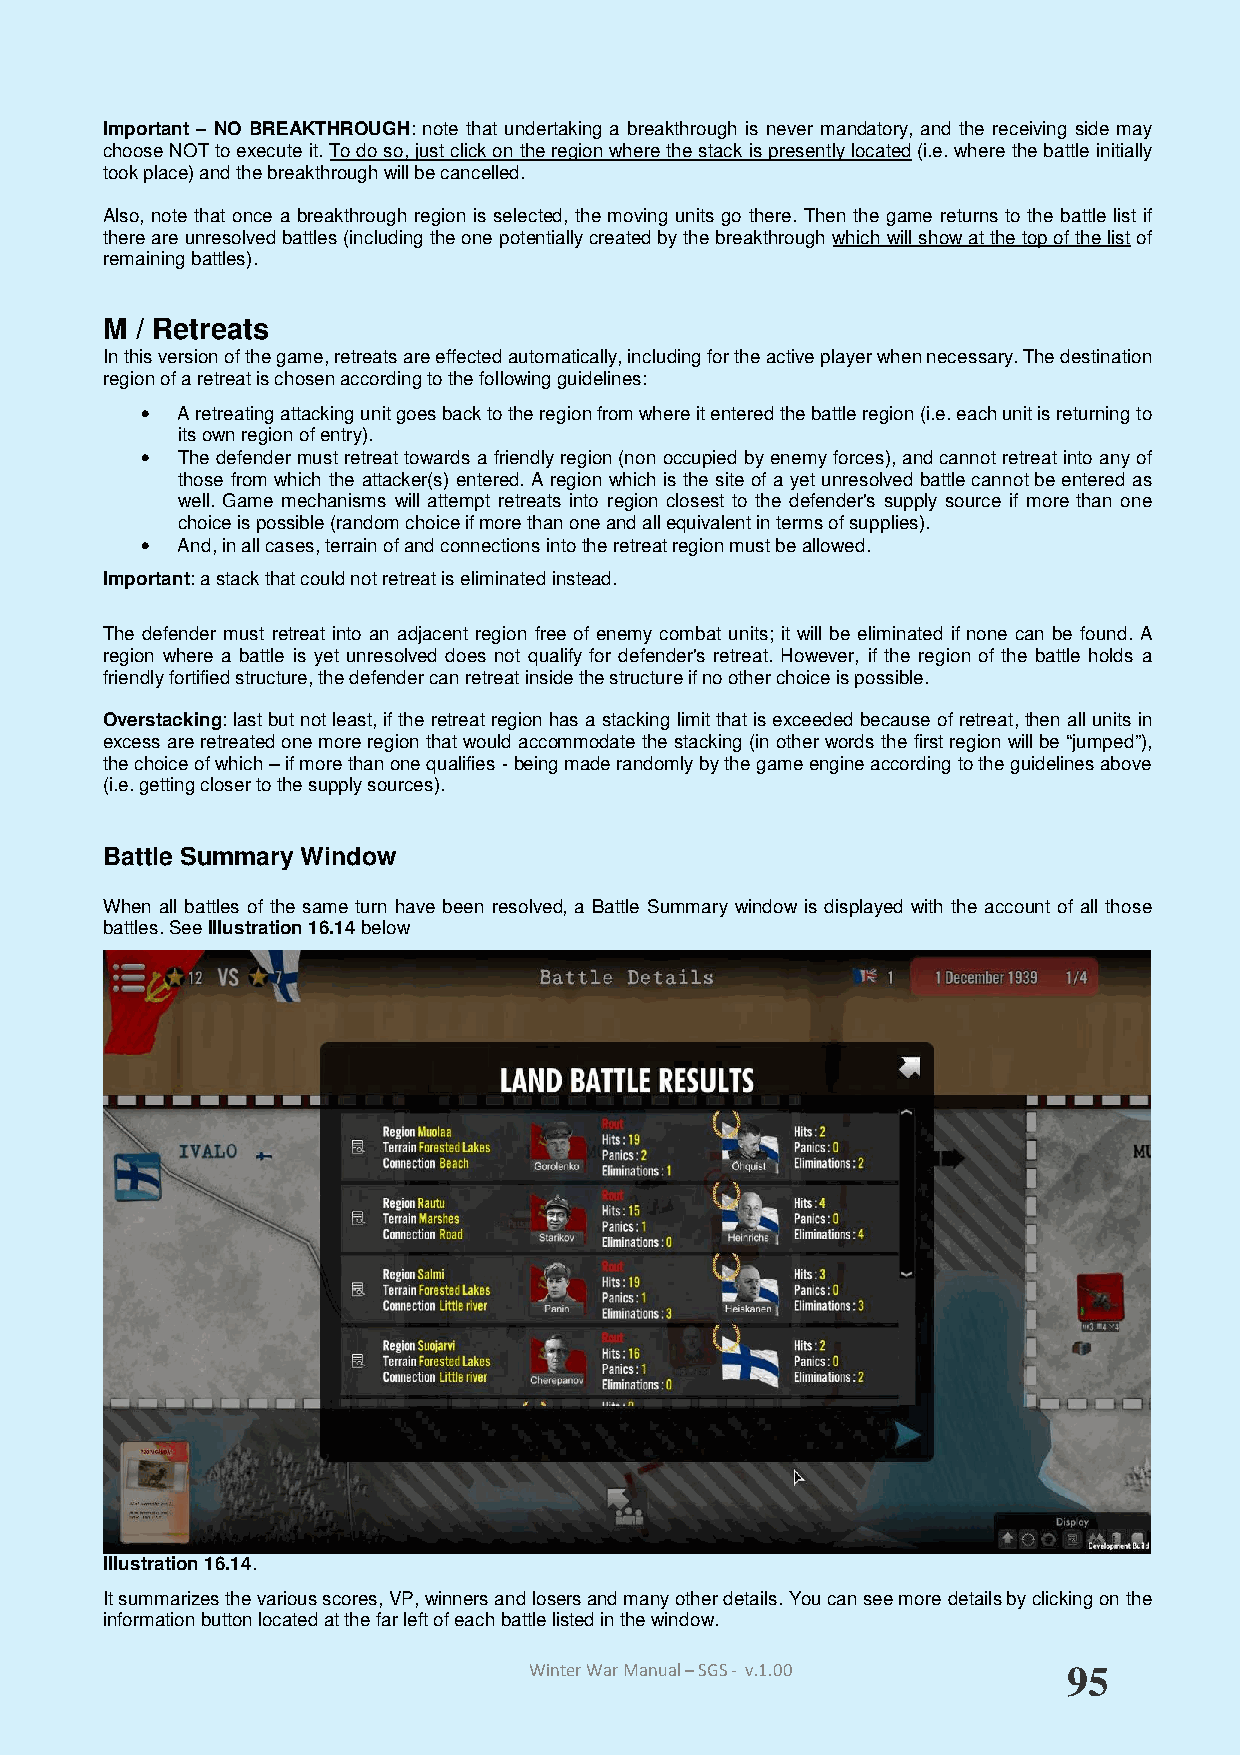
Important – NO BREAKTHROUGH: note that undertaking a breakthrough is never mandatory, and the receiving side may
 choose NOT to execute it. To do so, just click on the region where the stack is presently located (i.e. where the battle initially
 took place) and the breakthrough will be cancelled.
 Also, note that once a breakthrough region is selected, the moving units go there. Then the game returns to the battle list if
 there are unresolved battles (including the one potentially created by the breakthrough which will show at the top of the list of
 remaining battles).
 M / Retreats
 In this version of the game, retreats are effected automatically, including for the active player when necessary. The destination
 region of a retreat is chosen according to the following guidelines:
 •  A retreating attacking unit goes back to the region from where it entered the battle region (i.e. each unit is returning to
 its own region of entry).
 •  The defender must retreat towards a friendly region (non occupied by enemy forces), and cannot retreat into any of
 those from which the attacker(s) entered. A region which is the site of a yet unresolved battle cannot be entered as
 well. Game mechanisms will attempt retreats into region closest to the defender's supply source if more than one
 choice is possible (random choice if more than one and all equivalent in terms of supplies).
 •  And, in all cases, terrain of and connections into the retreat region must be allowed.
 Important: a stack that could not retreat is eliminated instead.
 The defender must retreat into an adjacent region free of enemy combat units; it will be eliminated if none can be found. A
 region where a battle is yet unresolved does not qualify for defender's retreat. However, if the region of the battle holds a
 friendly fortified structure, the defender can retreat inside the structure if no other choice is possible.
 Overstacking: last but not least, if the retreat region has a stacking limit that is exceeded because of retreat, then all units in
 excess are retreated one more region that would accommodate the stacking (in other words the first region will be “jumped”),
 the choice of which – if more than one qualifies - being made randomly by the game engine according to the guidelines above
 (i.e. getting closer to the supply sources).
 Battle Summary Window
 When all battles of the same turn have been resolved, a Battle Summary window is displayed with the account of all those
 battles. See Illustration 16.14 below
 Illustration 16.14.
 It summarizes the various scores, VP, winners and losers and many other details. You can see more details by clicking on the
 information button located at the far left of each battle listed in the window.
 Winter War Manual – SGS - v.1.00    95